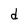
Character: d